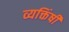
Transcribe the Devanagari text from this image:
व्यक्तिंषी